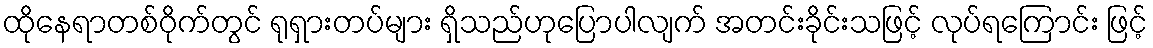
ထိုနေရာတစ်ဝိုက်တွင် ရုရှားတပ်များ ရှိသည်ဟုပြောပါလျက် အတင်းခိုင်းသဖြင့် လုပ်ရကြောင်း ဖြင့်